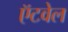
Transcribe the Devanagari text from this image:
ऍटवेल